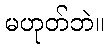
မဟုတ်ဘဲ။